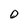
Character: D